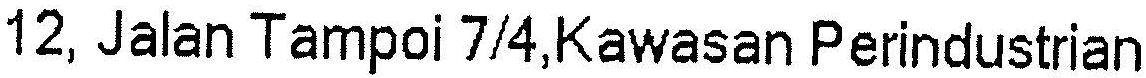
12, JALAN TAMPOI 7/4,KAWASAN PERINDUSTRIAN